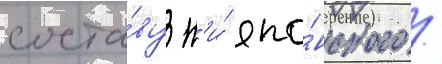
соста́ву н'и́ япо́нского /